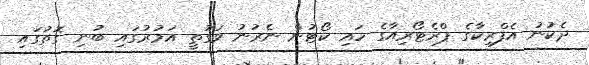
ދެކުނު އެފްރިކާގެ ޕްރެޓޯރިއާގެ ހައި ކޯޓުން ނެރުނު ވަގުތީ އަމުރުގައި ބުނި ގޮތުގައި